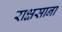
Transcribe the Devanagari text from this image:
राक्षसाना